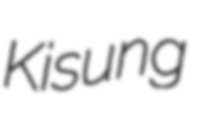
Kisung